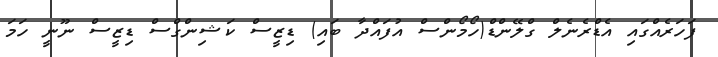
ފަހަރެއްގައި އެޑްރެނެލް ގްލޭންޑް(ހޯމޯންސް އުފައްދާ ބައި) ޑިޒީސް ކަޝިންގްސް ޑިޒީސް ނޫނީ ހަމަ